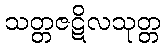
သတ္တဇဋိလသုတ္တ